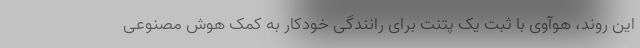
این روند، هوآوی با ثبت یک پتنت برای رانندگی خودکار به کمک هوش مصنوعی